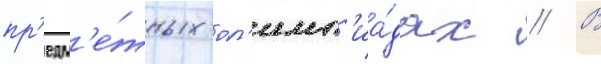
пр'едм'е́тных ол'имп'иа́дах // В